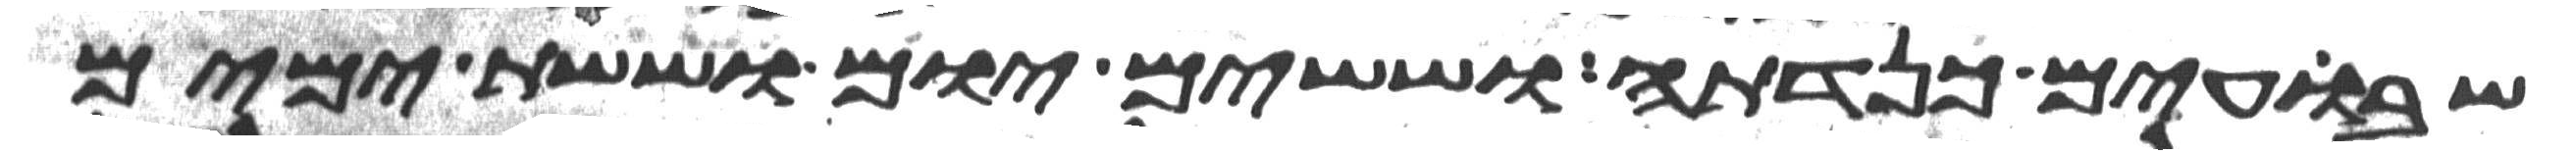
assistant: שבועים כנדתה וששים יום וששת ימים